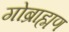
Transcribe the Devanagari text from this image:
गोब्राह्मण